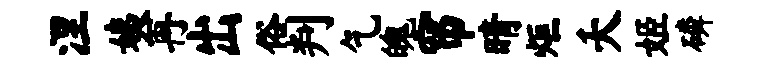
涅姨再出俗判乞魄帘晴炬夭姬磷